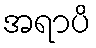
အရာပိ